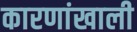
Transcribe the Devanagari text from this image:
कारणांखाली